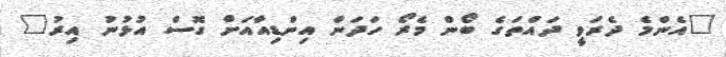
"އެންމެ ދެރަވީ ދައްތަގެ ބޯން މެރޯ ހަދަން އިންޑިއާއަށް ގޮސް އުޅުނު އިރު"